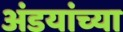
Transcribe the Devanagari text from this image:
अंडयांच्या